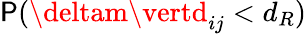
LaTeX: \mathsf{P}(\deltam\vertd_{ij}<d_{R})